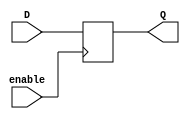
module gated_d_latch_ff (
    input wire D,
    input wire enable,
    output reg Q
);

always @(posedge enable)
begin
    if (enable)
        Q <= D;
end

endmodule